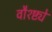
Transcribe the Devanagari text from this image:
वौश्ष्ट्ये